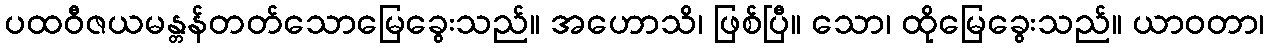
ပထဝီဇယမန္တန်တတ်သောမြေခွေးသည်။ အဟောသိ၊ ဖြစ်ပြီ။ သော၊ ထိုမြေခွေးသည်။ ယာဝတာ၊